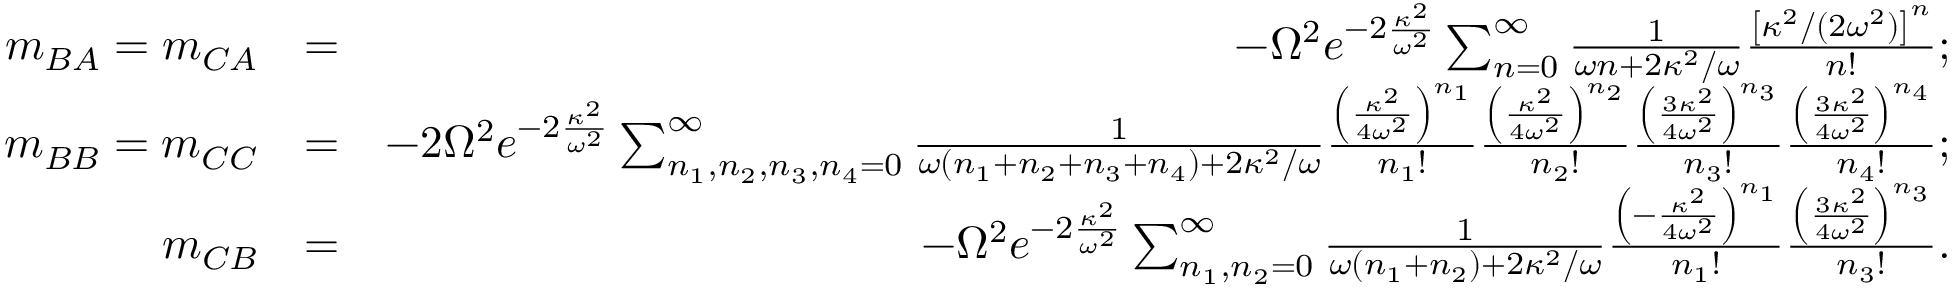
\begin{array} { r l r } { m _ { B A } = m _ { C A } } & { = } & { - \Omega ^ { 2 } e ^ { - 2 \frac { \kappa ^ { 2 } } { \omega ^ { 2 } } } \sum _ { n = 0 } ^ { \infty } \frac { 1 } { \omega n + 2 \kappa ^ { 2 } / \omega } \frac { \left[ \kappa ^ { 2 } / ( 2 \omega ^ { 2 } ) \right] ^ { n } } { n ! } ; } \\ { m _ { B B } = m _ { C C } } & { = } & { - 2 \Omega ^ { 2 } e ^ { - 2 \frac { \kappa ^ { 2 } } { \omega ^ { 2 } } } \sum _ { n _ { 1 } , n _ { 2 } , n _ { 3 } , n _ { 4 } = 0 } ^ { \infty } \frac { 1 } { \omega ( n _ { 1 } + n _ { 2 } + n _ { 3 } + n _ { 4 } ) + 2 \kappa ^ { 2 } / \omega } \frac { \left( \frac { \kappa ^ { 2 } } { 4 \omega ^ { 2 } } \right) ^ { n _ { 1 } } } { n _ { 1 } ! } \frac { \left( \frac { \kappa ^ { 2 } } { 4 \omega ^ { 2 } } \right) ^ { n _ { 2 } } } { n _ { 2 } ! } \frac { \left( \frac { 3 \kappa ^ { 2 } } { 4 \omega ^ { 2 } } \right) ^ { n _ { 3 } } } { n _ { 3 } ! } \frac { \left( \frac { 3 \kappa ^ { 2 } } { 4 \omega ^ { 2 } } \right) ^ { n _ { 4 } } } { n _ { 4 } ! } ; } \\ { m _ { C B } } & { = } & { - \Omega ^ { 2 } e ^ { - 2 \frac { \kappa ^ { 2 } } { \omega ^ { 2 } } } \sum _ { n _ { 1 } , n _ { 2 } = 0 } ^ { \infty } \frac { 1 } { \omega ( n _ { 1 } + n _ { 2 } ) + 2 \kappa ^ { 2 } / \omega } \frac { \left( - \frac { \kappa ^ { 2 } } { 4 \omega ^ { 2 } } \right) ^ { n _ { 1 } } } { n _ { 1 } ! } \frac { \left( \frac { 3 \kappa ^ { 2 } } { 4 \omega ^ { 2 } } \right) ^ { n _ { 3 } } } { n _ { 3 } ! } . } \end{array}